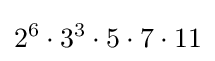
2^{6}\cdot 3^{3}\cdot 5\cdot 7\cdot 11